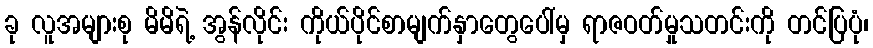
ခု လူအများစု မိမိရဲ့ အွန်လိုင်း ကိုယ်ပိုင်စာမျက်နှာတွေပေါ်မှ ရာဇဝတ်မှုသတင်းကို တင်ပြပုံ၊